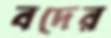
বদের